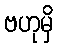
ဗဟုမှိ